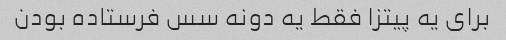
برای یه پیتزا فقط یه دونه سس فرستاده بودن